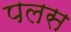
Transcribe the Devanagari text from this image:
पलस